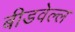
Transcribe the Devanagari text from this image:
बीडवेल्ल